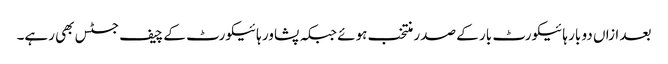
بعد ازاں دو بار ہائیکورٹ بار کے صدر منتخب ہوئے جبکہ پشاور ہائیکورٹ کے چیف جسٹس بھی رہے۔